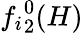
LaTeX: {f_{i}}_{2}^{0}(H)